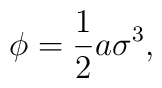
\phi= \frac {1}{2}a \sigma^{3},